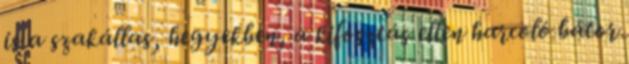
is a szakállas, hegyekben, a kifosztás ellen harcoló bátor